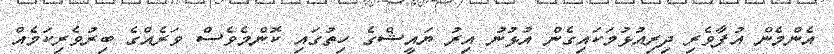
އެންމެން އުފާވެރި ދިރިއުޅުމަކައިގެން އުޅުނު އިރު ޔައީޝްގެ ހިތުގައި ކޮންމެވެސް ވަރެއްގެ ބިރުވެރިކަމެއް